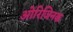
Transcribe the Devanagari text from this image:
ओरिजिनक